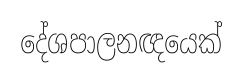
දේශපාලනඥයෙක්